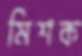
মিশক